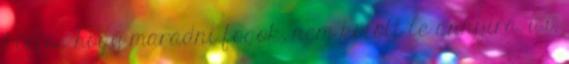
biztos hogy maradni fogok, nem kötött le annyira. u.i.